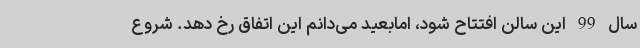
سال 99 این سالن افتتاح شود، امابعید می‌دانم این اتفاق رخ دهد. شروع